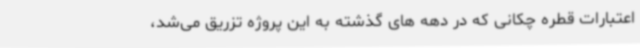
اعتبارات قطره چکانی که در دهه های گذشته به این پروژه تزریق می‌شد،